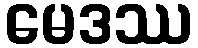
မေဒဿ